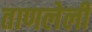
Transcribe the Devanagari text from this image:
ताणलेली